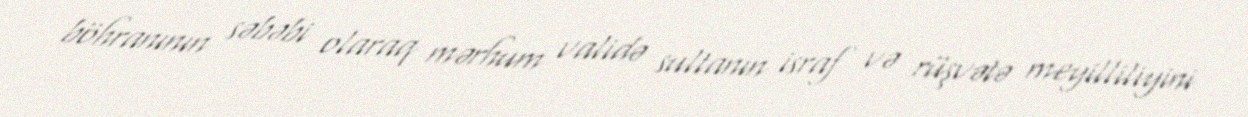
böhranının səbəbi olaraq mərhum validə sultanın israf və rüşvətə meyilliliyini